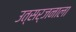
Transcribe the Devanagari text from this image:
उत्सर्जनाला